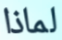
لماذا